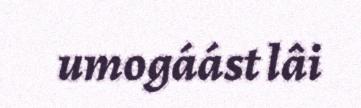
umogáást lâi